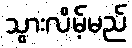
သွားလိမ့်မည်